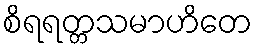
စိရရတ္တသမာဟိတေ